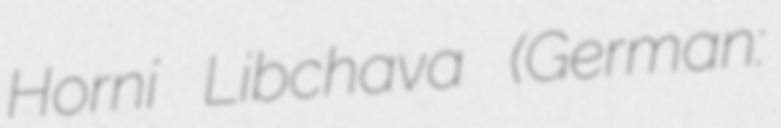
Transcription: Horní Libchava (German: